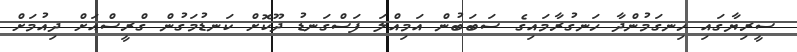
ސީރިޔާގައި ހިނގަމުންދާ ހަނގުރާމައިގެ ސަބަބުން އަމިއްލަ ފަސްގަނޑު ދޫކޮށް ކަނޑުމަގުން ގްރީސްއަށް ދިއުމަށް